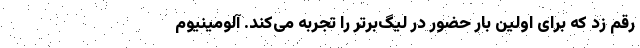
رقم زد که برای اولین بار حضور در لیگ‌برتر را تجربه می‌کند. آلومینیوم